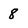
Character: 8